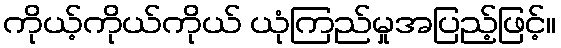
ကိုယ့်ကိုယ်ကိုယ် ယုံကြည်မှုအပြည့်ဖြင့်။